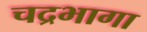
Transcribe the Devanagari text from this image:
चद्रभागा